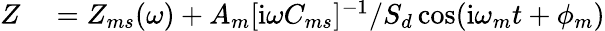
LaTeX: \begin{array}{rl}{Z}&{{}=Z_{ms}(\omega)+A_{m}[\textrm{i}\omega C_{ms}]^{-1}/S_{d}\cos(\textrm{i}\omega_{m}t+\phi_{m})}\end{array}